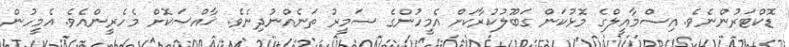
ޑޮކްޓަރުންނެވެ. އިސްމާއީލްގެ މޮޅުކަން ގަބޫލުކުރާކަށް އެމީހުންގެ ޟަމީރު ތަނެއްނުދިނެވެ. ޚާއްސަކޮށް މެހެރީންއެވެ. އެމީހުން